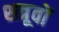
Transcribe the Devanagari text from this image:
शत्रूवों